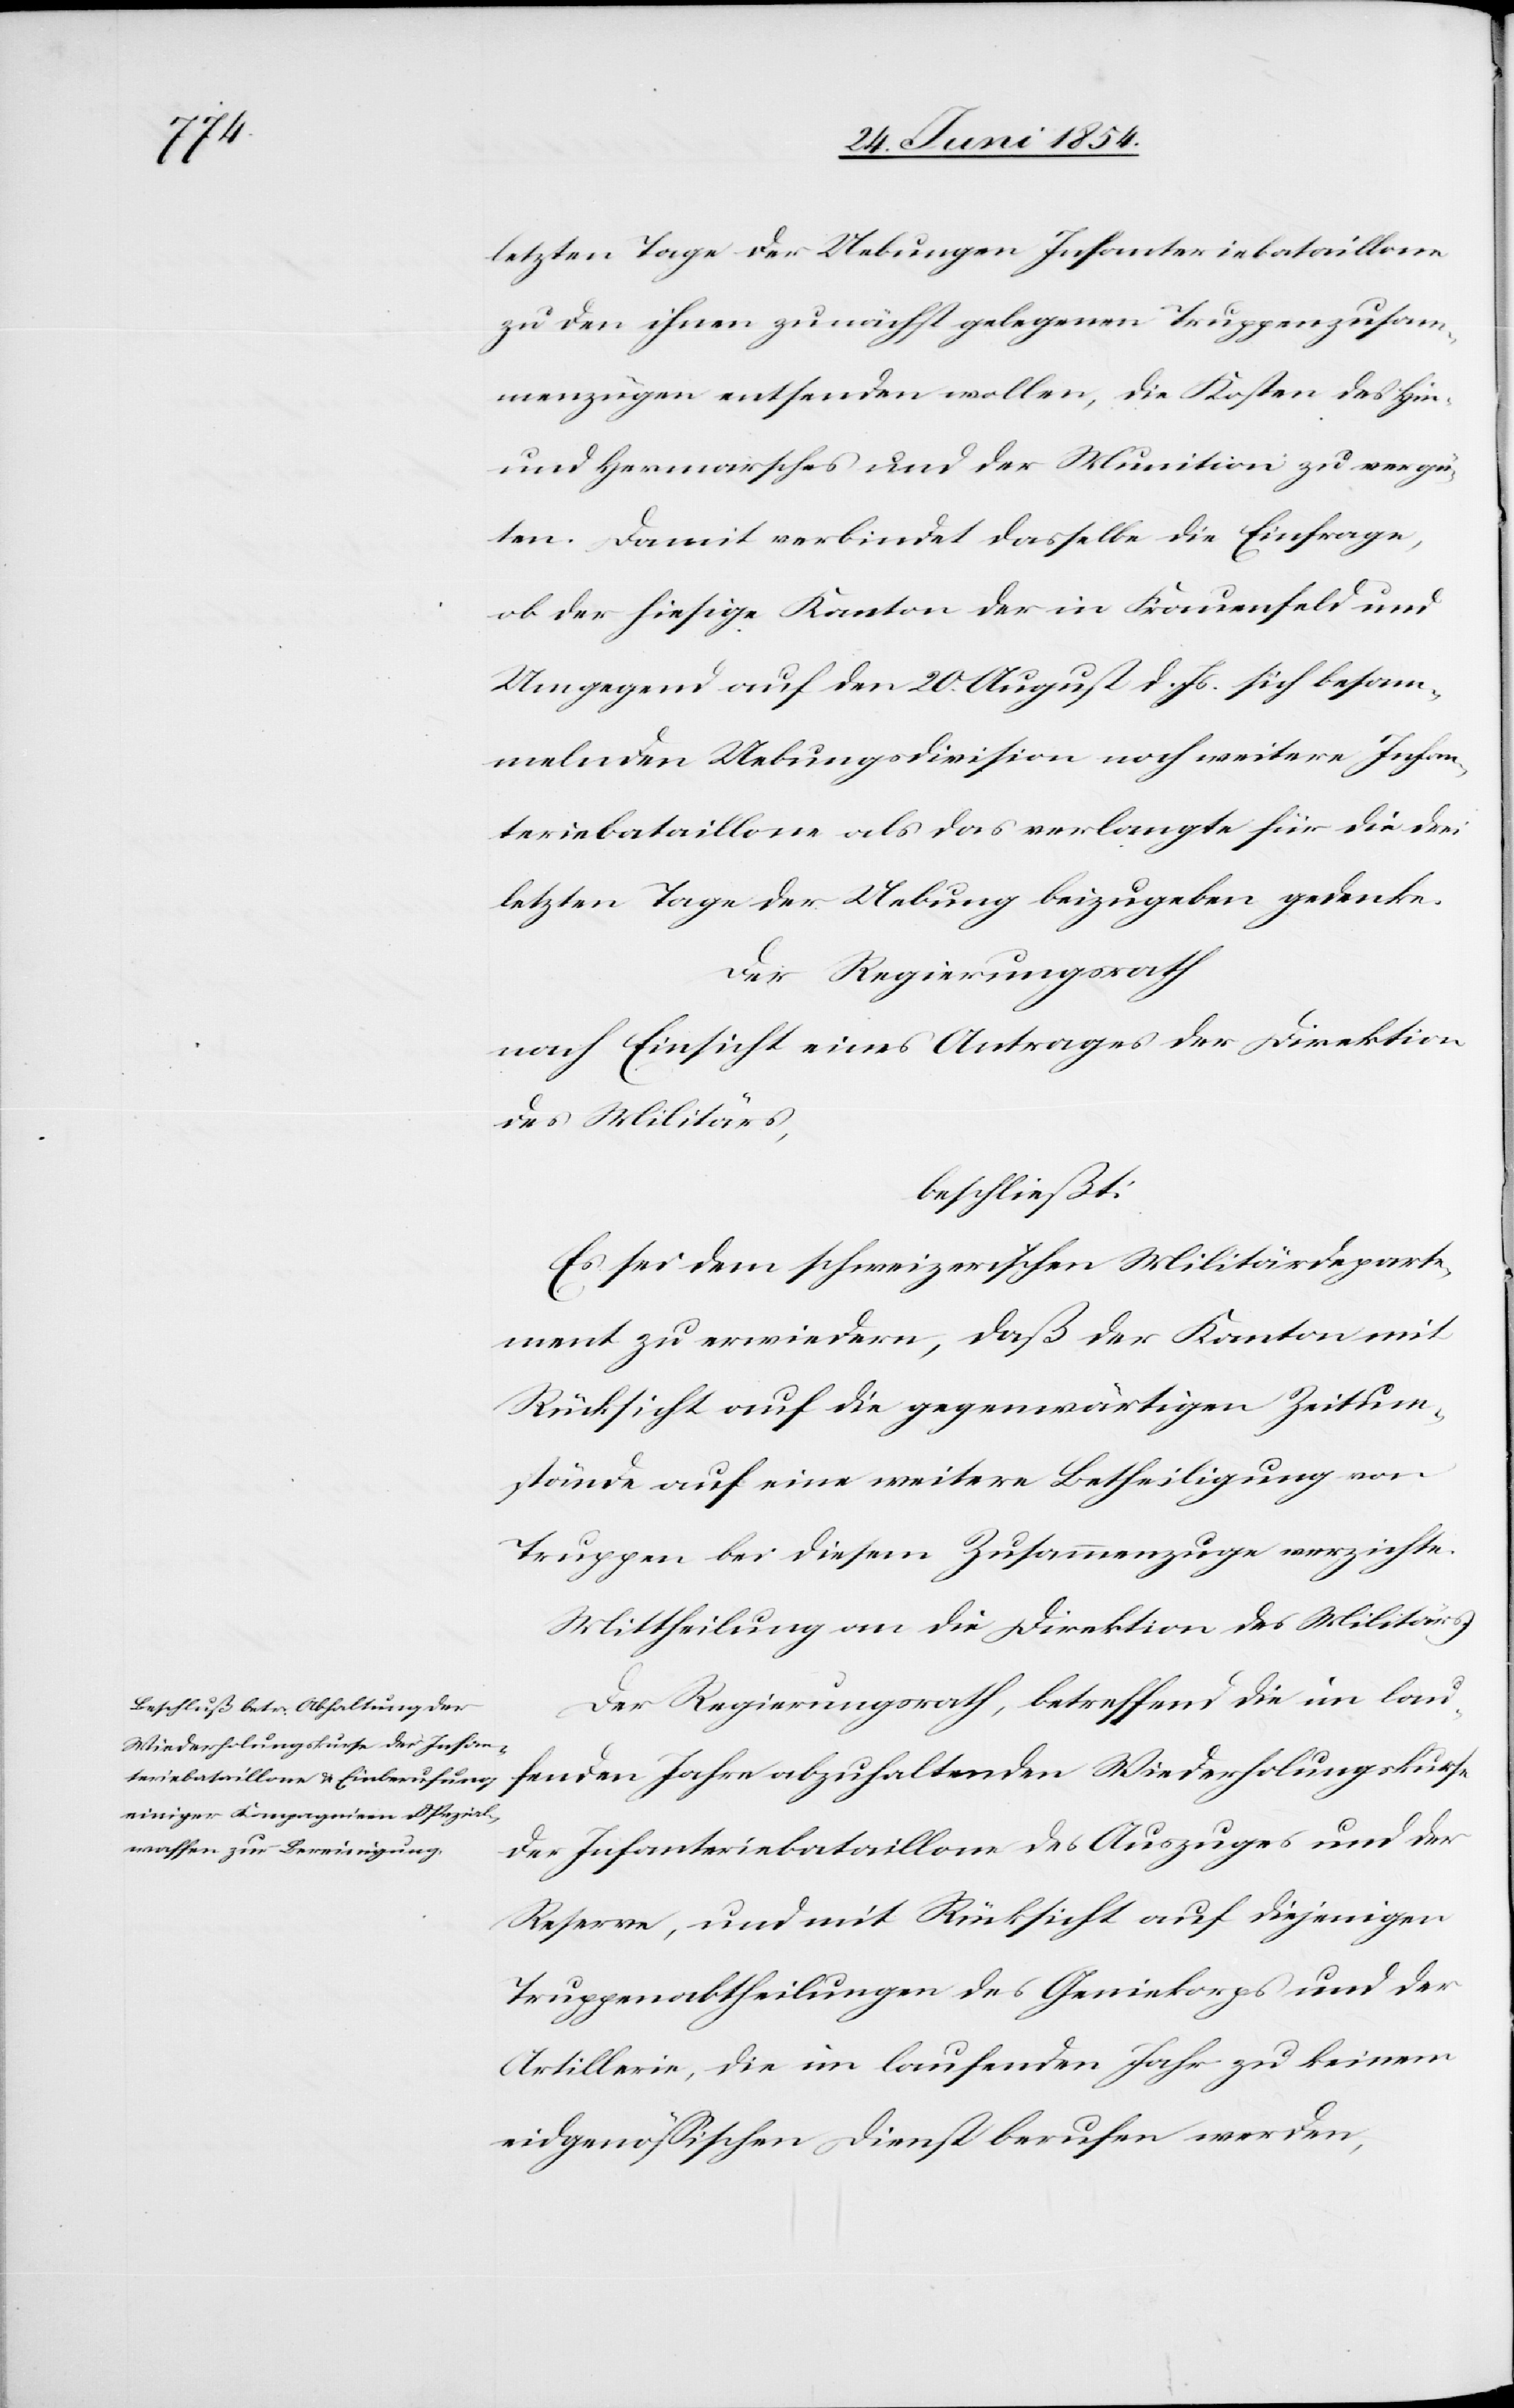
letzten Tage der Uebung Infanteriebataillone
zu den ihnen zunächst gelegenen Truppenzusam¬
menzügen entsenden wollen, die Kosten des Hin-
und Hermarsches und der Munition zu vergü¬
ten. Damit verbindet dasselbe die Einfrage,
ob der hiesige Kanton der in Frauenfeld und
Umgegend auf den 20. August d. Js. sich besam¬
melnden Uebungsdivision noch weiter Infan¬
teriebataillone als das verlangte für die drei
letzten Tage der Uebung beizugeben gedenke.
Der Regierungsrath
nach Einsicht eines Antrages der Direktion
des Militärs,
beschließt:
Es sei dem schweizerischen Militärdeparte¬
ment zu erwiedern, daß der Kanton mit
Rücksicht auf die gegenwärtigen Zeitum¬
stände auf eine weitere Betheiligung von
Truppen bei diesem Zusammenzuge verzichte.
Mittheilung an die Direktion des Militärs.
Der Regierungsrath, betreffend die im lau¬
fenden Jahre abzuhaltenden Wiederholungskurse
der Infanteriebataillone des Auszuges und der
Reserve, und mit Rücksicht auf diejenigen
Truppenabtheilungen des Geniekorps und der
Artillerie, die im laufenden Jahre zu keinem
eidgenößischen Dienst berufen werden,